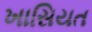
ખાસિયત